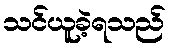
သင်ယူခဲ့ရသည်